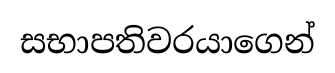
සභාපතිවරයාගෙන්